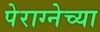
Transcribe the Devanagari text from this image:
पेराग्नेच्या